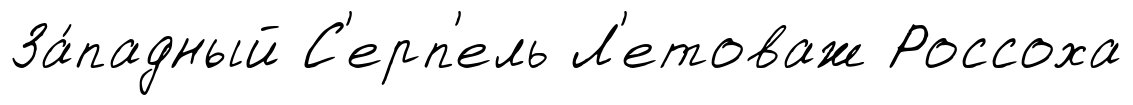
За́падный С'ерп'ель Л'етоваж Россоха